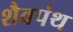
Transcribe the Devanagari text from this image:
शैवपंथ